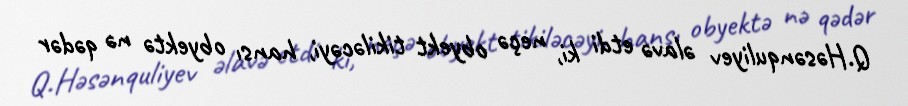
Q.Həsənquliyev əlavə etdi ki, neçə obyekt tikiləcəyi, hansı obyektə nə qədər